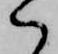
ハ